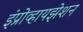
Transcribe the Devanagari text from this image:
इंप्रोव्हायझेशन